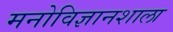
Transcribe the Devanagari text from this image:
मनोविज्ञानशाला